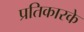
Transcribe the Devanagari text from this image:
प्रतिकारके